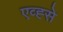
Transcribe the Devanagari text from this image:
एव्ह्से